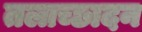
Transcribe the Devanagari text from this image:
तलाच्छादन